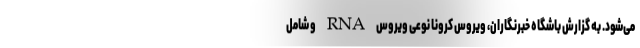
می‌شود. به گزارش باشگاه خبرنگاران، ویروس کرونا نوعی ویروس RNA و شامل